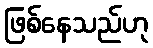
ဖြစ်နေသည်ဟု